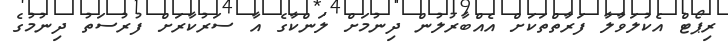
ރިޕޯޓް އެކުލަވާލާ ފަރާތްތަކަަށް އެއްބާރުލުން ދިނުމަށް ލަންކާގެ އާ ސަރުކާރަށް ފުރުސަތު ދިނުމުގެ